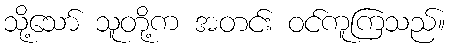
သို့သော် သူတို့က အတင်း ဝင်ကူကြသည်။